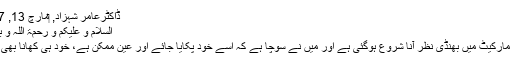
ڈاکٹرعامر شہزاد, ‏مارچ 13, 2017
السلام و علیکم و رحمۃ اللہ و برکاتہُ
آجکل مارکیٹ میں بھنڈی نظر آنا شروع ہوگئی ہے اور میں نے سوچا ہے کہ اسے خود پکایا جائے اور عین ممکن ہے، خود ہی کھانا بھی پڑے۔